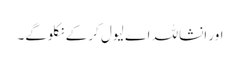
اور انشاللہ اے لیول کر کے نکلوگے۔